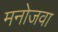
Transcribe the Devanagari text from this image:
मनोजवा